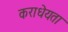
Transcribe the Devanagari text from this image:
कराधेयता